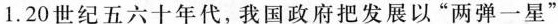
1.20世纪五六十年代，我国政府把发展以”两弹一星”